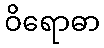
ဝိရောဓာ